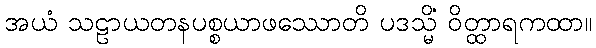
အယံ သဠာယတနပစ္စယာဖဿောတိ ပဒသ္မိံ ဝိတ္ထာရကထာ။